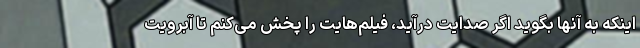
اینکه به آنها بگوید اگر صدایت درآید، فیلم‌هایت را پخش می‌کنم تا آبرویت